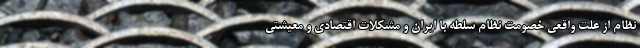
نظام از علت واقعی خصومت نظام سلطه با ایران و مشکلات اقتصادی و معیشتی